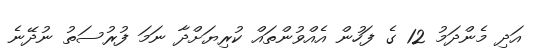
އަދި މެންދަމު 12 ގެ ފަހުން އެއްވުންތައް ކުރިޔަށްދާ ނަމަ ފުރުސަތު ނުދޭނެ